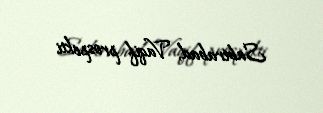
Sabirabad, Vaqif prospekti